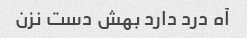
آه درد دارد بهش دست نزن